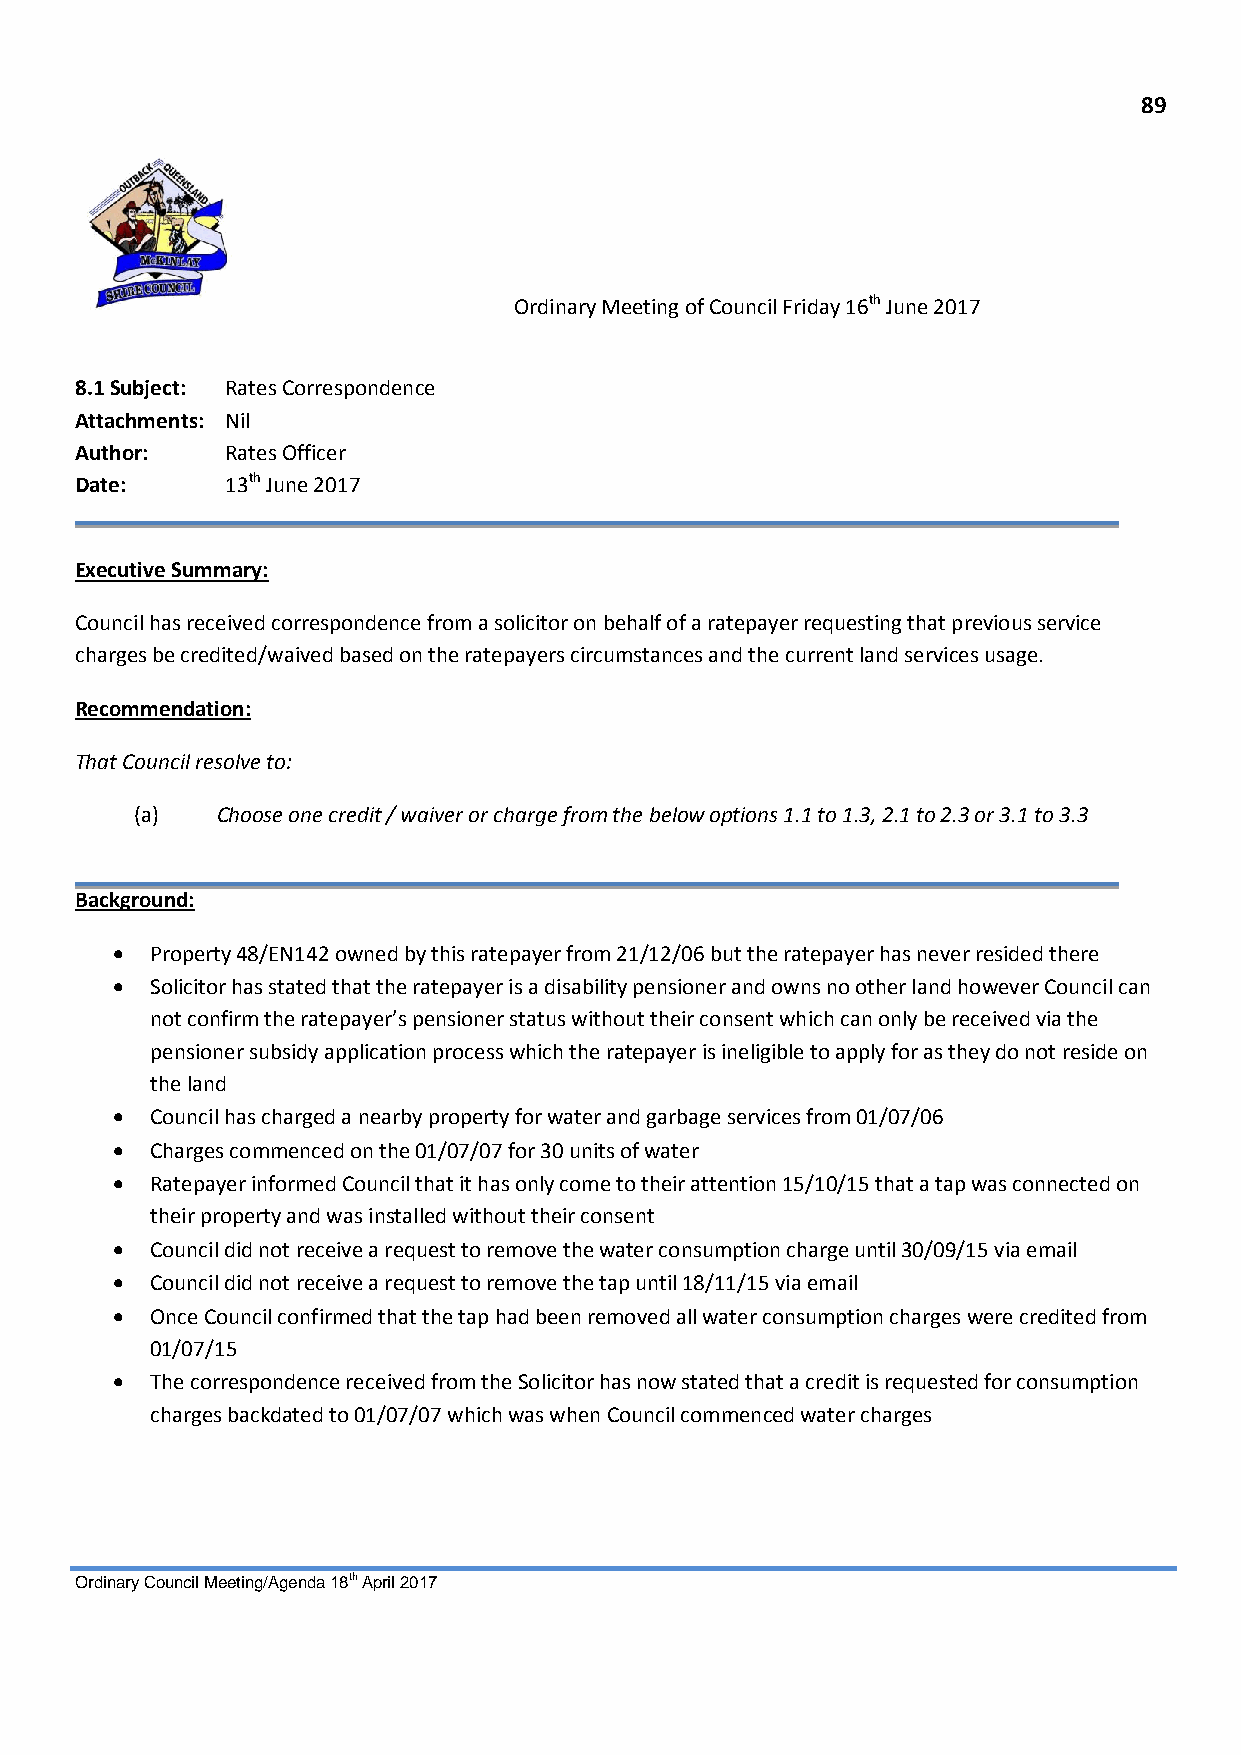
89
 Ordinary Meeting of Council Friday 16th June 2017
 8.1 Subject: Rates Correspondence
 Attachments: Nil
 Author:   Rates Officer
 Date:     13th June 2017
 Executive Summary:
 Council has received correspondence from a solicitor on behalf of a ratepayer requesting that previous service
 charges be credited/waived based on the ratepayers circumstances and the current land services usage.
 Recommendation:
 That Council resolve to:
 (a)  Choose one credit / waiver or charge from the below options 1.1 to 1.3, 2.1 to 2.3 or 3.1 to 3.3
 Background:
   Property 48/EN142 owned by this ratepayer from 21/12/06 but the ratepayer has never resided there
   Solicitor has stated that the ratepayer is a disability pensioner and owns no other land however Council can
 not confirm the ratepayer’s pensioner status without their consent which can only be received via the
 pensioner subsidy application process which the ratepayer is ineligible to apply for as they do not reside on
 the land
   Council has charged a nearby property for water and garbage services from 01/07/06
   Charges commenced on the 01/07/07 for 30 units of water
   Ratepayer informed Council that it has only come to their attention 15/10/15 that a tap was connected on
 their property and was installed without their consent
   Council did not receive a request to remove the water consumption charge until 30/09/15 via email
   Council did not receive a request to remove the tap until 18/11/15 via email
   Once Council confirmed that the tap had been removed all water consumption charges were credited from
 01/07/15
   The correspondence received from the Solicitor has now stated that a credit is requested for consumption
 charges backdated to 01/07/07 which was when Council commenced water charges
 Ordinary Council Meeting/Agenda 18th April 2017